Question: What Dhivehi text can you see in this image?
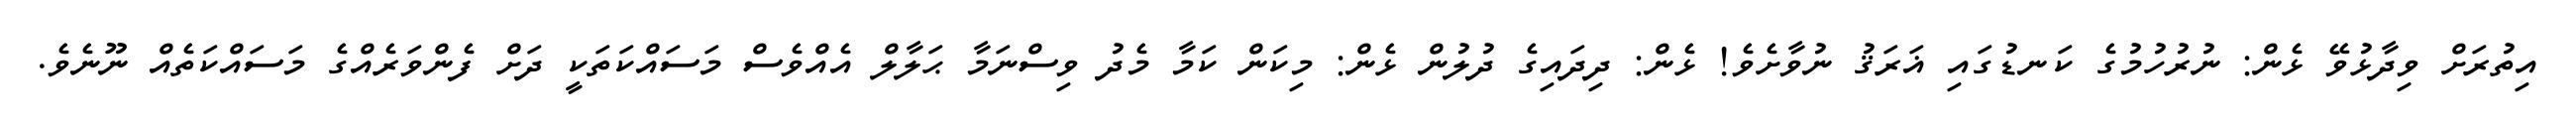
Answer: އިތުރަށް ވިދާޅުވޭ ޅެން: ނުރުހުމުގެ ކަނޑުގައި ޣަރަޤު ނުވާށެވެ! ޅެން: ދިދައިގެ ދުލުން ޅެން: މިކަން ކަމާ މެދު ވިސްނަމާ ޙަލާލް އެއްވެސް މަސައްކަތަކީ ދަށް ފެންވަރެއްގެ މަސައްކަތެއް ނޫނެވެ.